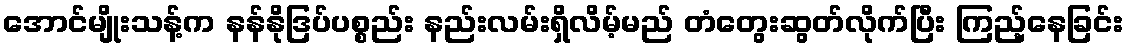
အောင်မျိုးသန့်က နန်နိုဒြပ်ပစ္စည်း နည်းလမ်းရှိလိမ့်မည် တံတွေးဆွတ်လိုက်ပြီး ကြည့်နေခြင်း